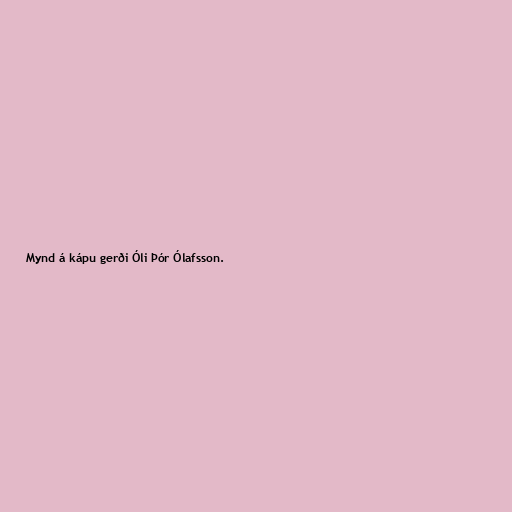
Mynd á kápu gerði Óli Þór Ólafsson.